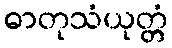
ဓာတုသံယုတ္တံ